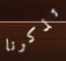
تذكرنا